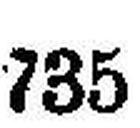
735